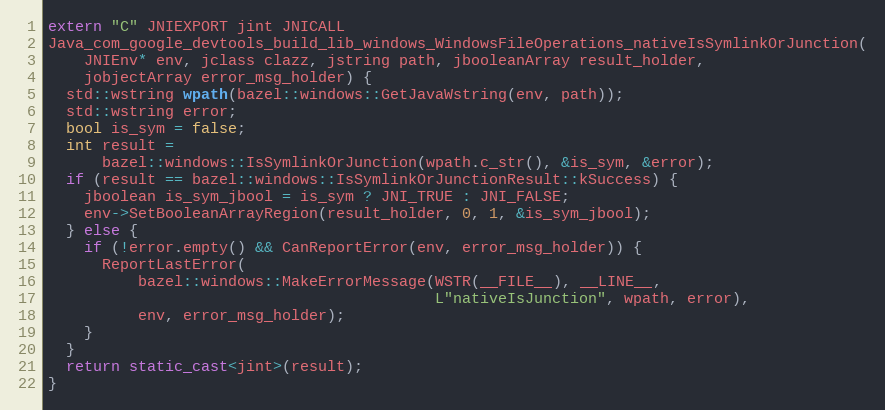
Language: C++
extern "C" JNIEXPORT jint JNICALL
Java_com_google_devtools_build_lib_windows_WindowsFileOperations_nativeIsSymlinkOrJunction(
    JNIEnv* env, jclass clazz, jstring path, jbooleanArray result_holder,
    jobjectArray error_msg_holder) {
  std::wstring wpath(bazel::windows::GetJavaWstring(env, path));
  std::wstring error;
  bool is_sym = false;
  int result =
      bazel::windows::IsSymlinkOrJunction(wpath.c_str(), &is_sym, &error);
  if (result == bazel::windows::IsSymlinkOrJunctionResult::kSuccess) {
    jboolean is_sym_jbool = is_sym ? JNI_TRUE : JNI_FALSE;
    env->SetBooleanArrayRegion(result_holder, 0, 1, &is_sym_jbool);
  } else {
    if (!error.empty() && CanReportError(env, error_msg_holder)) {
      ReportLastError(
          bazel::windows::MakeErrorMessage(WSTR(__FILE__), __LINE__,
                                           L"nativeIsJunction", wpath, error),
          env, error_msg_holder);
    }
  }
  return static_cast<jint>(result);
}